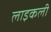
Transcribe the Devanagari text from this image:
लाइकली